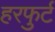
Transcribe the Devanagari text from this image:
हरफुर्ट